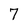
Character: 7